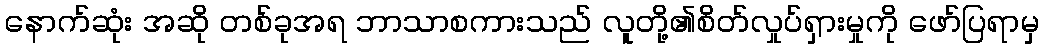
နောက်ဆုံး အဆို တစ်ခုအရ ဘာသာစကားသည် လူတို့၏စိတ်လှုပ်ရှားမှုကို ဖော်ပြရာမှ